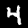
Label: 4